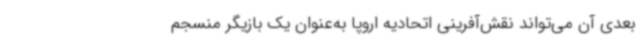
بعدی آن می‌تواند نقش‌آفرینی اتحادیه اروپا به‌عنوان یک بازیگر منسجم